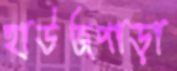
হাউজপাড়া